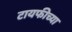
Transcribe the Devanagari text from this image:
टायफीच्या